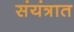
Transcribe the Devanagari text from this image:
संयंत्रात